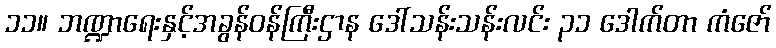
၁၁။ ဘဏ္ဍာရေးနှင့်အခွန်ဝန်ကြီးဌာန ဒေါ်သန်းသန်းလင်း ၃၁ ဒေါက်တာ ကံဇော်